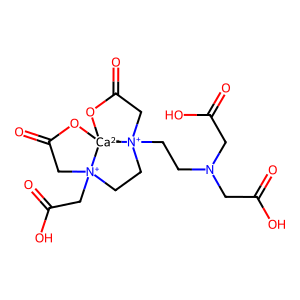
SMILES: O=C(O)CN(CC[N+]12CC[N+]3(CC(=O)O)CC(=O)O[Ca-2]13OC(=O)C2)CC(=O)O
Inhibits HIV replication: No